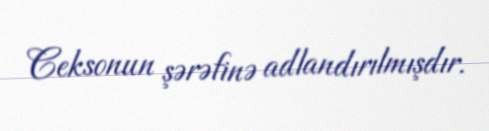
Ceksonun şərəfinə adlandırılmışdır.